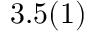
3 . 5 ( 1 )